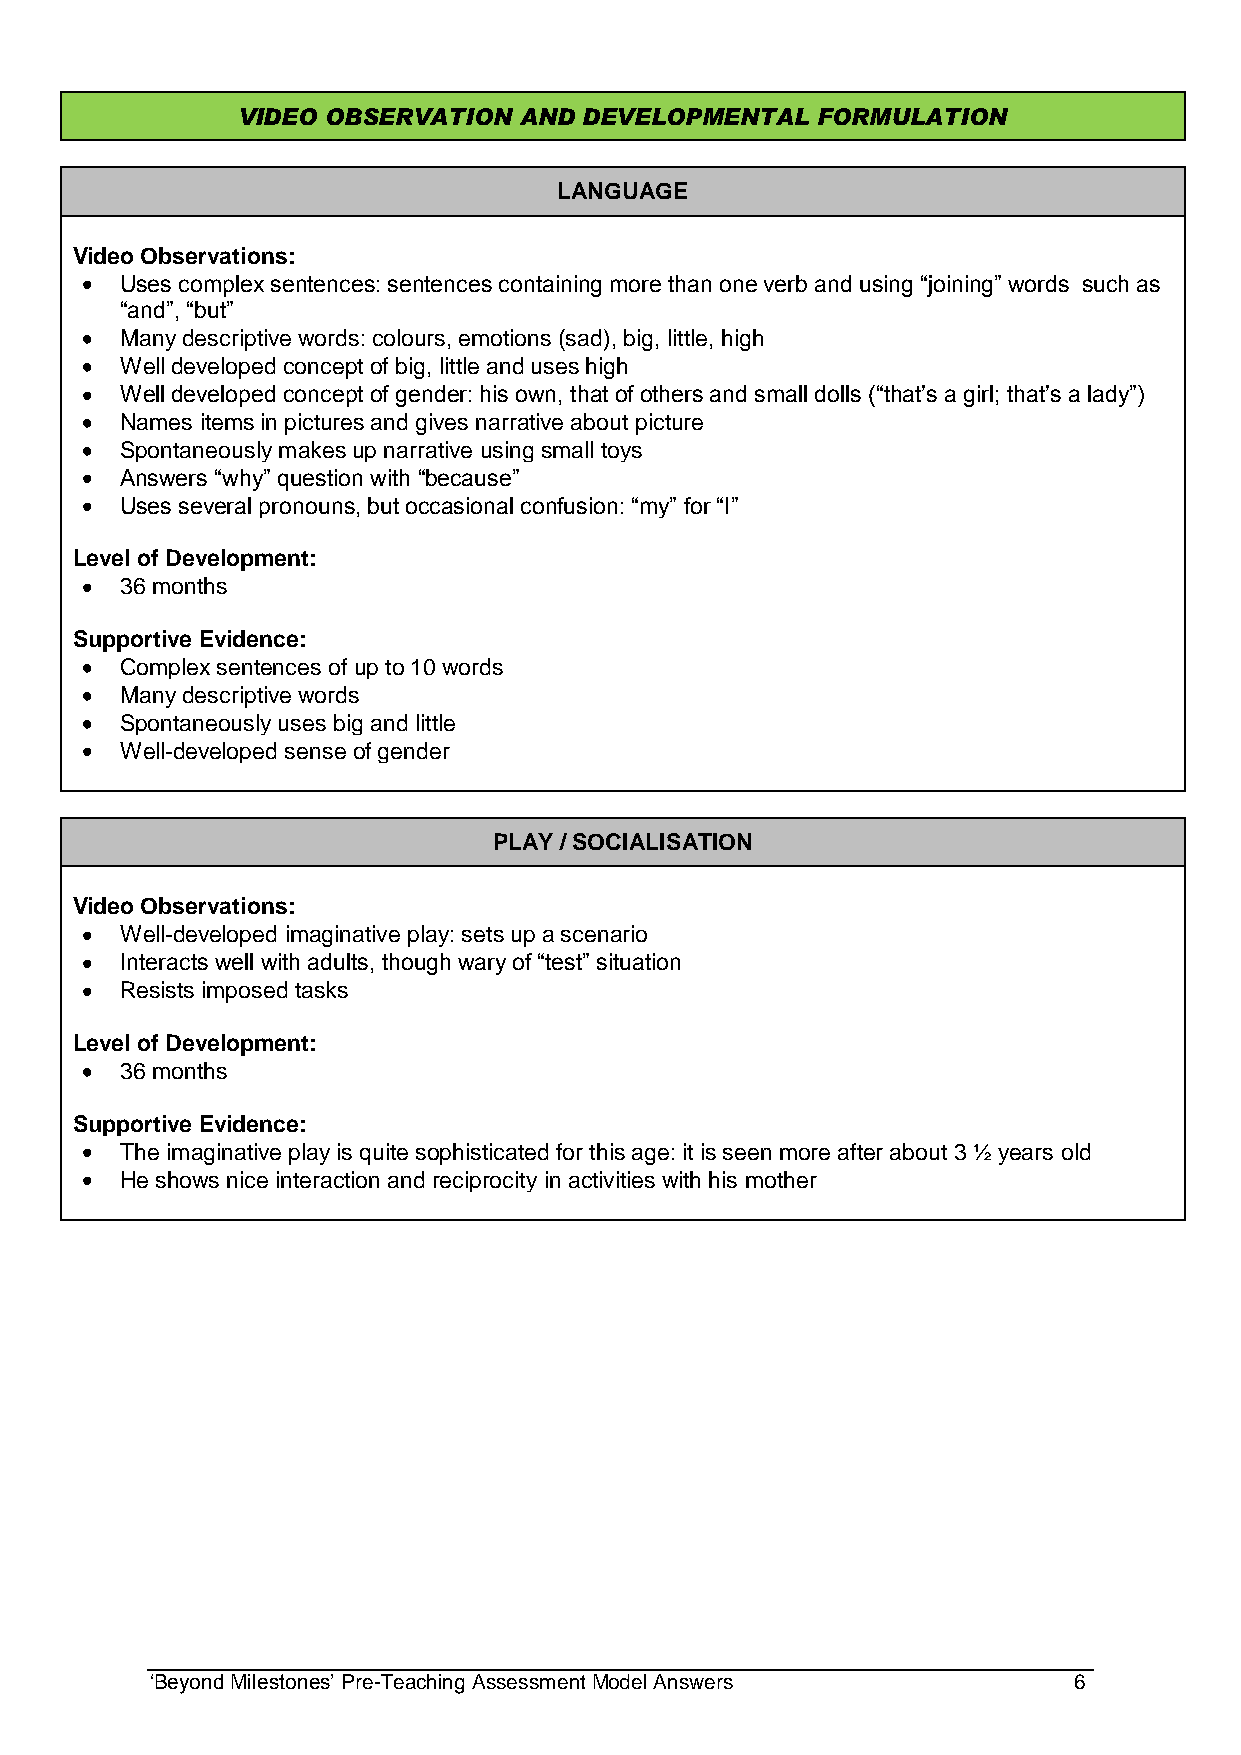
VIDEO OBSERVATION AND  DEVELOPMENTAL  FORMULATION
 LANGUAGE
 Video Observations:
 Uses complex sentences: sentences containing more than one verb and using “joining” words such as
 “and”, “but”
 Many descriptive words: colours, emotions (sad), big, little, high
 Well developed concept of big, little and uses high
 Well developed concept of gender: his own, that of others and small dolls (“that‟s a girl; that‟s a lady”)
 Names items in pictures and gives narrative about picture
 Spontaneously makes up narrative using small toys
 Answers “why” question with “because”
 Uses several pronouns, but occasional confusion: “my” for “I”
 Level of Development:
 36 months
 Supportive Evidence:
 Complex sentences of up to 10 words
 Many descriptive words
 Spontaneously uses big and little
 Well-developed sense of gender
 PLAY / SOCIALISATION
 Video Observations:
 Well-developed imaginative play: sets up a scenario
 Interacts well with adults, though wary of “test” situation
 Resists imposed tasks
 Level of Development:
 36 months
 Supportive Evidence:
 The imaginative play is quite sophisticated for this age: it is seen more after about 3 ½ years old
 He shows nice interaction and reciprocity in activities with his mother
 „Beyond Milestones‟ Pre-Teaching Assessment Model Answers    6